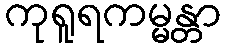
ကုရူရကမ္မန္တာ